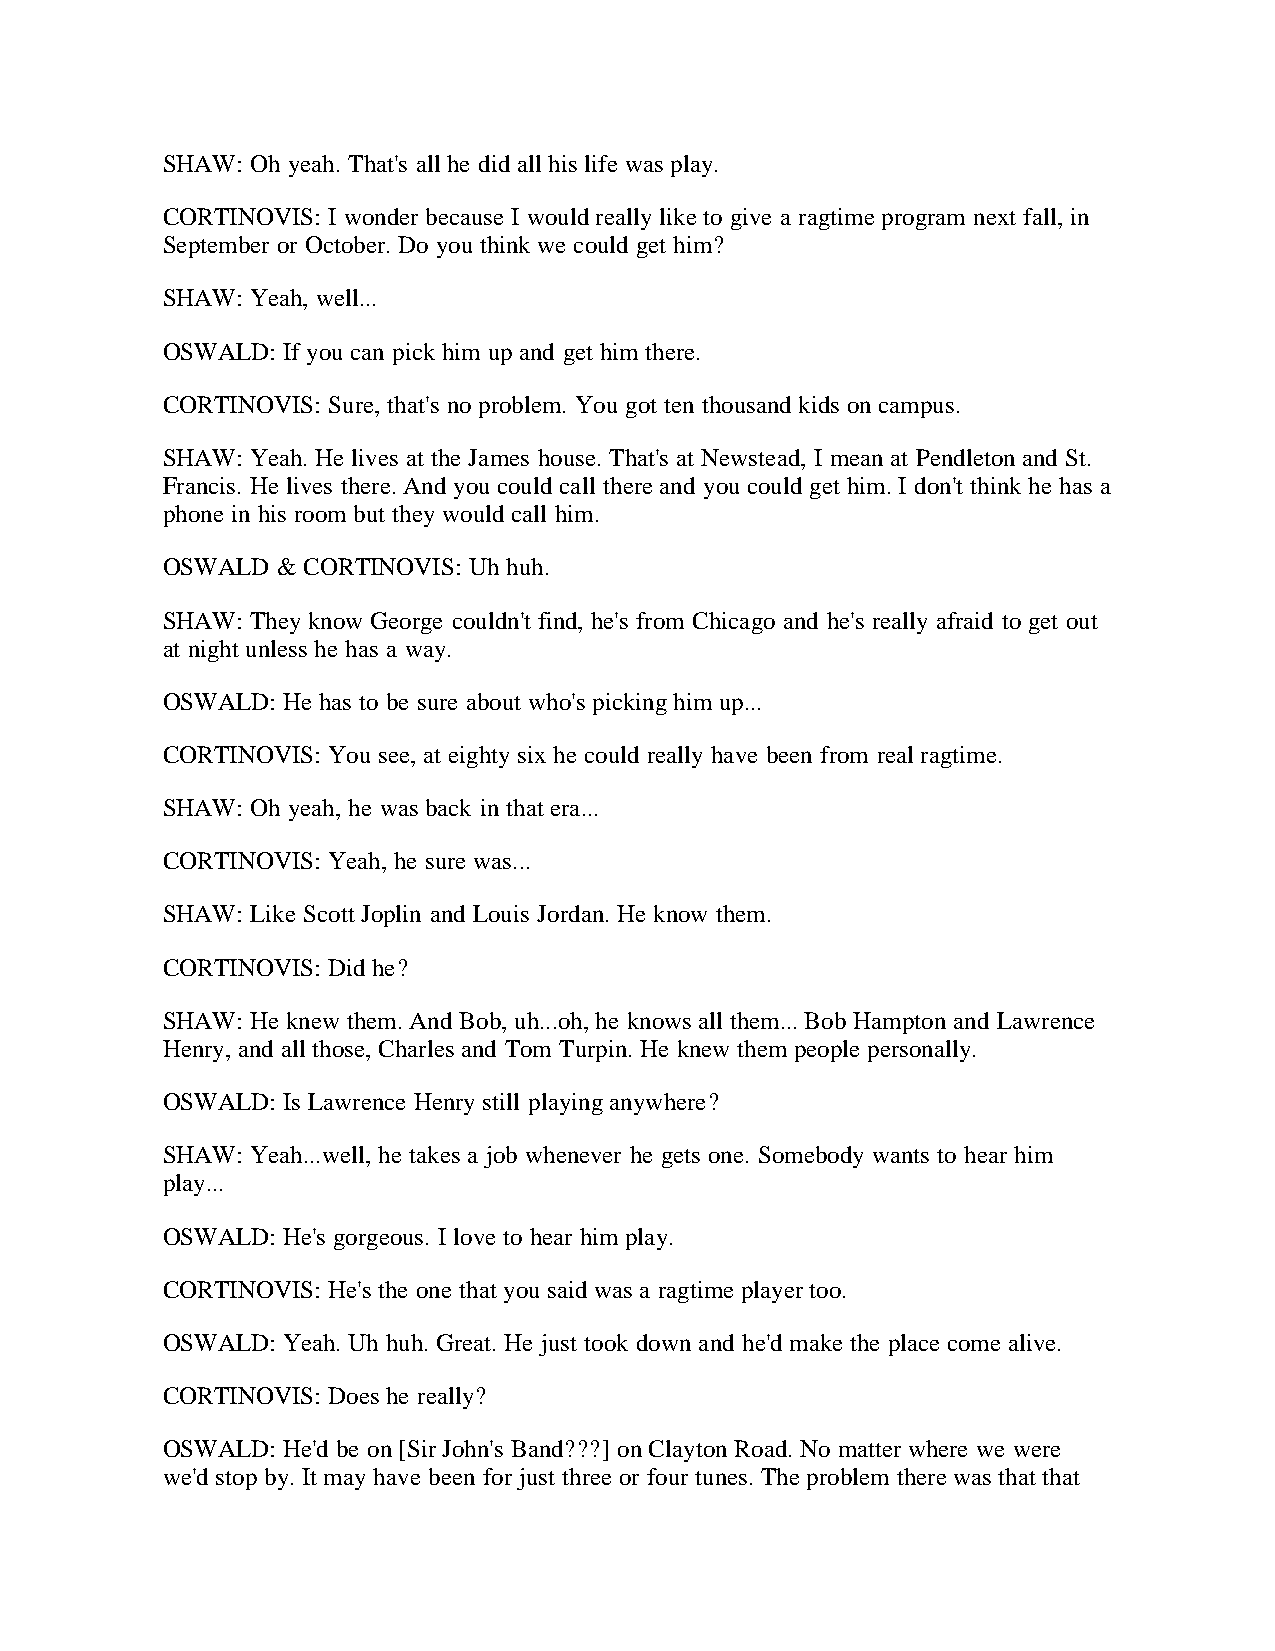
SHAW: Oh yeah. That's all he did all his life was play.
 CORTINOVIS: I wonder because I would really like to give a ragtime program next fall, in
 September or October. Do you think we could get him?
 SHAW: Yeah, well...
 OSWALD: If you can pick him up and get him there.
 CORTINOVIS: Sure, that's no problem. You got ten thousand kids on campus.
 SHAW: Yeah. He lives at the James house. That's at Newstead, I mean at Pendleton and St.
 Francis. He lives there. And you could call there and you could get him. I don't think he has a
 phone in his room but they would call him.
 OSWALD & CORTINOVIS: Uh huh.
 SHAW: They know George couldn't find, he's from Chicago and he's really afraid to get out
 at night unless he has a way.
 OSWALD: He has to be sure about who's picking him up...
 CORTINOVIS: You see, at eighty six he could really have been from real ragtime.
 SHAW: Oh yeah, he was back in that era...
 CORTINOVIS: Yeah, he sure was...
 SHAW: Like Scott Joplin and Louis Jordan. He know them.
 CORTINOVIS: Did he?
 SHAW: He knew them. And Bob, uh...oh, he knows all them... Bob Hampton and Lawrence
 Henry, and all those, Charles and Tom Turpin. He knew them people personally.
 OSWALD: Is Lawrence Henry still playing anywhere?
 SHAW: Yeah...well, he takes a job whenever he gets one. Somebody wants to hear him
 play...
 OSWALD: He's gorgeous. I love to hear him play.
 CORTINOVIS: He's the one that you said was a ragtime player too.
 OSWALD: Yeah. Uh huh. Great. He just took down and he'd make the place come alive.
 CORTINOVIS: Does he really?
 OSWALD: He'd be on [Sir John's Band???] on Clayton Road. No matter where we were
 we'd stop by. It may have been for just three or four tunes. The problem there was that that